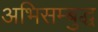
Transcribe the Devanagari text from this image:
अभिसम्बुद्ध